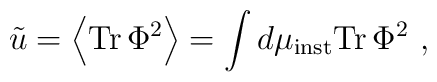
\tilde{u}=\left<{\rm Tr}\,\Phi^2\right>=  \int d\mu_{\rm inst}{\rm Tr}\,\Phi^2 \ ,